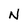
Character: N